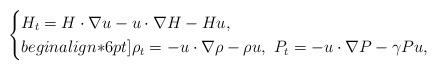
LaTeX: \begin{align*}\begin{cases}H_t=H \cdot \nabla u-u \cdot \nabla H-Hu,\\begin{align*}6pt]\rho_t=-u\cdot \nabla \rho-\rho u,\ P_t=-u \cdot \nabla P-\gamma P u,\end{cases}\end{align*}